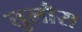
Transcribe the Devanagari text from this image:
तुलौस